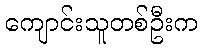
ကျောင်းသူတစ်ဦးက